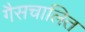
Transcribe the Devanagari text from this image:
गैसचालित